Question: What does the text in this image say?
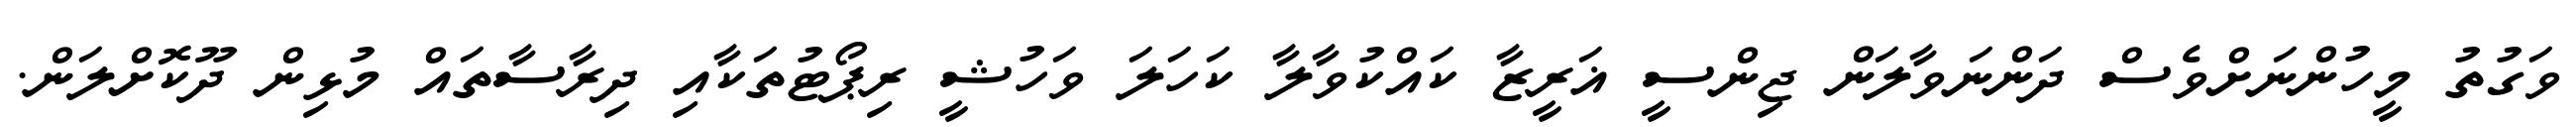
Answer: ވަގުތު މީހުންނަށްވެސް ދަންނަވާލަން ޖިންސީ ޣަރީޒާ ކައްކުވާލާ ކަހަލަ ވަހުޝީ ރިޕޯޓުތަކާއި ދިރާސާތައް މުޅިން ދޫކޮށްލަން.